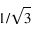
1 / \sqrt 3